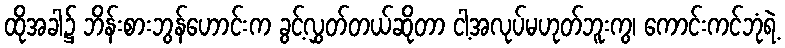
ထိုအခါ၌ ဘိန်းစားဘွန်ဟောင်းက ခွင့်လွှတ်တယ်ဆိုတာ ငါ့အလုပ်မဟုတ်ဘူးကွ၊ ကောင်းကင်ဘုံရဲ့